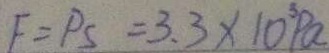
F = P S = 3 . 3 \times 1 0 ^ { 3 } P a